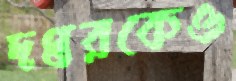
দপ্তরকেও